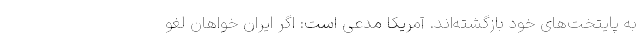
به پایتخت‌های خود بازگشته‌اند. آمریکا مدعی است: اگر ایران خواهان لغو